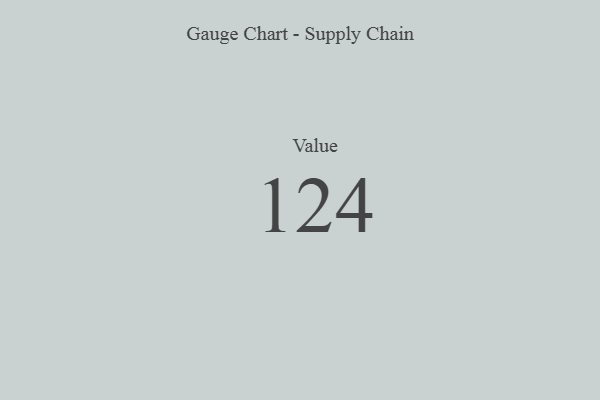
{"axis": {"x": "Metric", "y": "Value"}, "legend": [""], "data": [{"x": "Value", "y": 124, "type": ""}]}